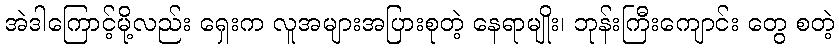
အဲဒါကြောင့်မို့လည်း ရှေးက လူအများအပြားစုတဲ့ နေရာမျိုး၊ ဘုန်းကြီးကျောင်း တွေ စတဲ့